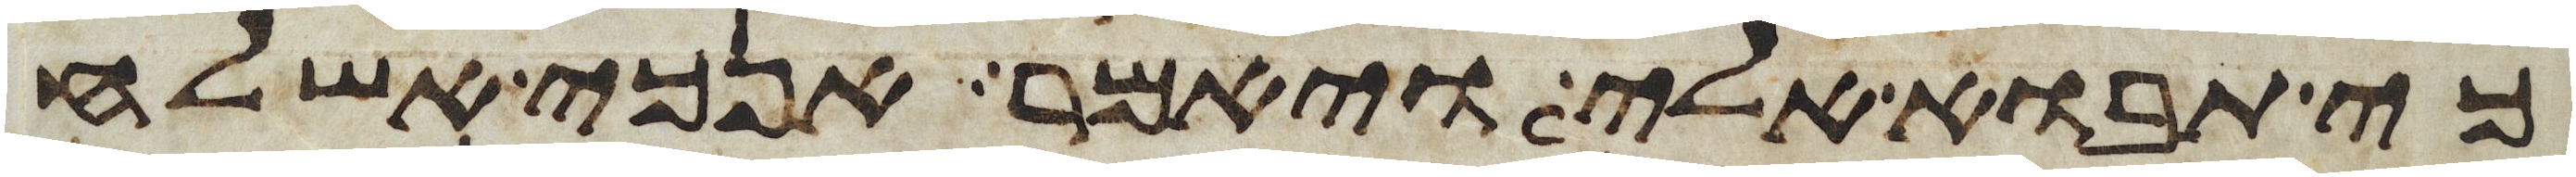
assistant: כי תבוא אלי ויאמר אנכי אשלח